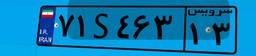
۲۶S۹۷۴۴۳